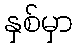
နှစ်မှာ